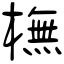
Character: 橅